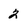
Character: 2